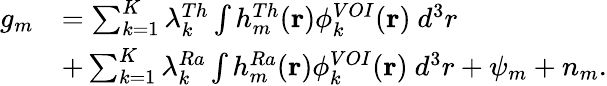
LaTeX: \begin{array}{rl}{g_{m}}&{=\sum_{k=1}^{K}\lambda_{k}^{Th}\int h_{m}^{Th}(\mathbf{r})\phi_{k}^{VOI}(\mathbf{r})~d^{3}r}\\ &{+\sum_{k=1}^{K}\lambda_{k}^{Ra}\int h_{m}^{Ra}(\mathbf{r})\phi_{k}^{VOI}(\mathbf{r})~d^{3}r+\psi_{m}+n_{m}.}\end{array}